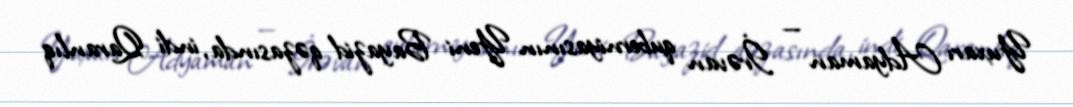
Yuxarı Adyaman — İrəvan quberniyasının Yeni Bayazid qəzasında, indi Qaranlıq